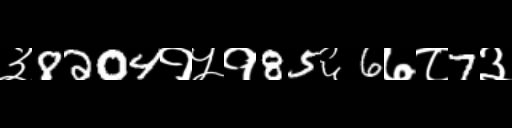
Text: ३8204१५१85६6७८7३